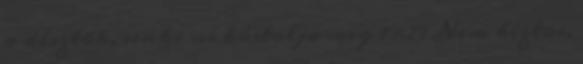
a dísztök, senki ne kóstolja meg 19:29 Nem biztos,